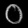
Digit: ၀